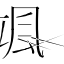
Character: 颯